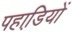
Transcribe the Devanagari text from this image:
पहाडि़यों